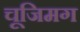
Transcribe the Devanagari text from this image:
चूजिमग